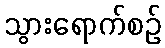
သွားရောက်စဉ်